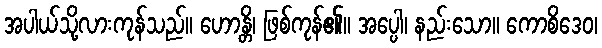
အပါယ်သို့လားကုန်သည်။ ဟောန္တိ၊ ဖြစ်ကုန်၏။ အပ္ပေါ၊ နည်းသော။ ကောစိဒေဝ၊